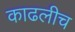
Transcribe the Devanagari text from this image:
काढलीच